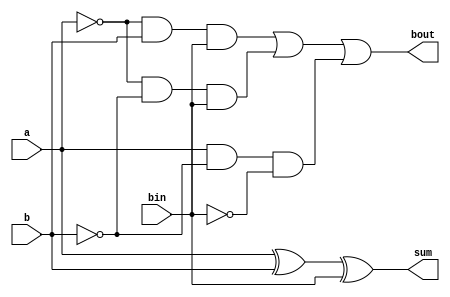
module full_subtractor(
    input a,
    input b,
    input bin,
    output reg sum,
    output reg bout
);

always @ (a or b or bin)
begin
    sum = a ^ b ^ bin;
    bout = (~a & b & bin) | (~a & ~b & bin) | (a & ~b & ~bin);
end

endmodule